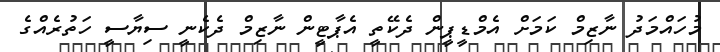
މުހައްމަދު ނާޒިމް ކަމަށް އެމްޑީޕީން ދެކޭތީ އެޕާޓީން ނާޒިމް ދެކެނީ ސިޔާސީ ހަތުރެއްގެ